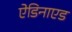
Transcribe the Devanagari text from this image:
ऐडिनाएड